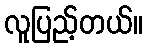
လူပြည့်တယ်။